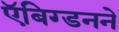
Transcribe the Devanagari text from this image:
ऍबिग्डनने